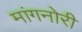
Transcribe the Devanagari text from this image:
मांगनोरी